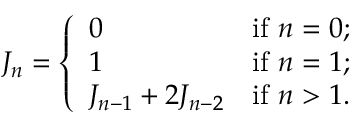
J _ { n } = { \left\{ \begin{array} { l l } { 0 } & { { \mathrm { i f ~ } } n = 0 ; } \\ { 1 } & { { \mathrm { i f ~ } } n = 1 ; } \\ { J _ { n - 1 } + 2 J _ { n - 2 } } & { { \mathrm { i f ~ } } n > 1 . } \end{array} \right. }